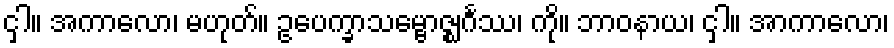
ငှါ။ အကာလော၊ မဟုတ်။ ဥပေက္ခာသမ္ဗောဇ္ဈင်္ဂဿ၊ ကို။ ဘာဝနာယ၊ ငှါ။ အာကာလော၊